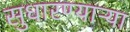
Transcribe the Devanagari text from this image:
सुधारण्याऱ्या